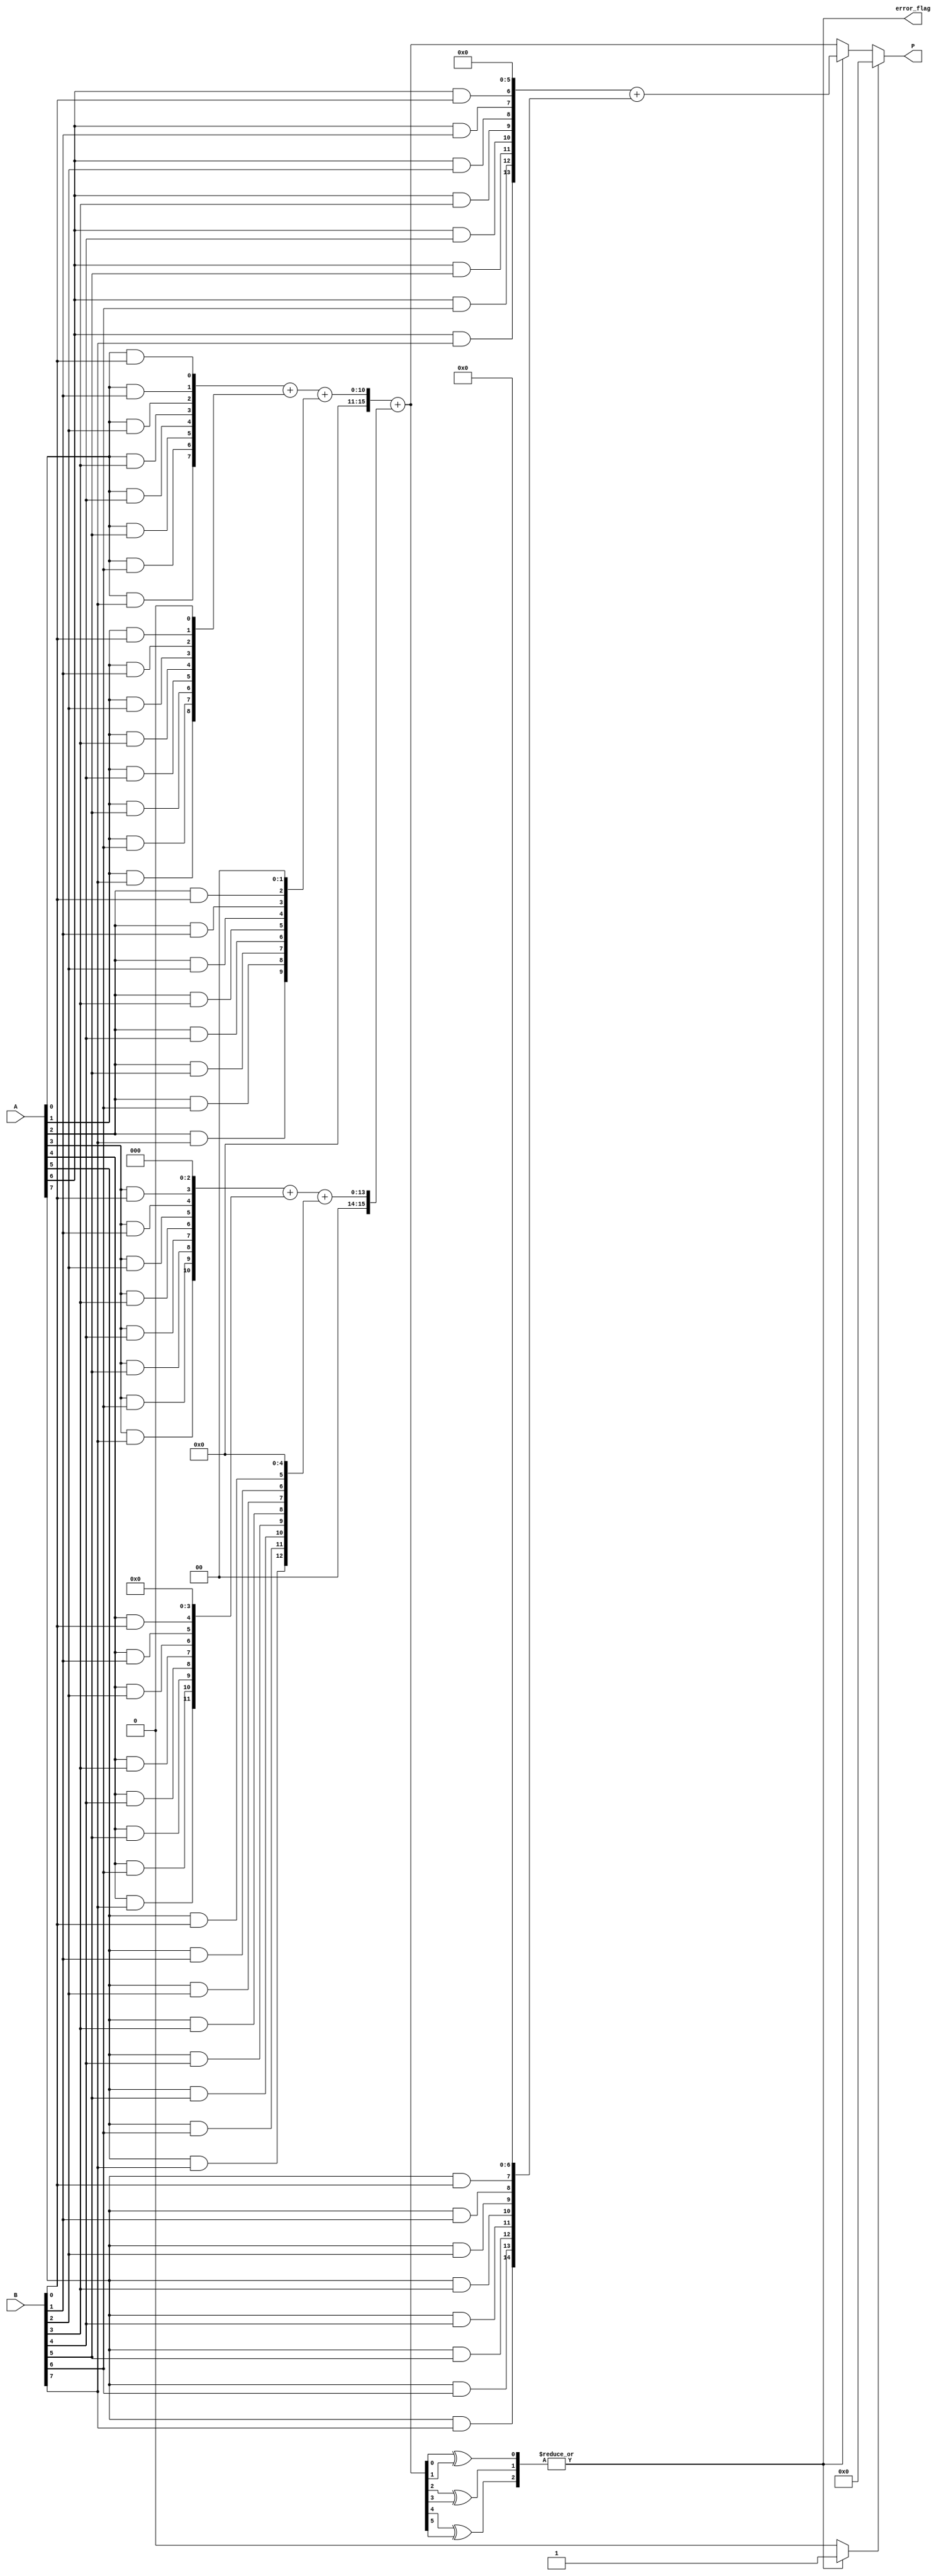
module FaultTolerantWallaceTreeMultiplier (
    input [7:0] A,        // 8-bit input A
    input [7:0] B,        // 8-bit input B
    output reg [15:0] P,  // 16-bit product
    output reg error_flag  // Error detection flag
);

    // Internal signals
    wire [7:0] pp [7:0]; // Partial products
    wire [15:0] sum1, sum2;
    wire [15:0] row[6:0]; // Intermediate sums in Wallace Tree
    wire [6:0] sum_err;   // Error signals for adders
    wire [1:0] final_error; // Final error flag

    // Generate Partial Products
    genvar i, j;
    generate
        for (i=0; i<8; i=i+1) begin : pp_gen
            for (j=0; j<8; j=j+1) begin : pp_inner
                assign pp[i][j] = A[i] & B[j];
            end
        end
    endgenerate

    // Wallace Tree Reduction (Level 1)
    // Grouped by 3 bits into their corresponding output rows
    assign row[0] = {8'b0, pp[0]} + {7'b0, pp[1], 1'b0} + {6'b0, pp[2], 2'b00};
    assign row[1] = {5'b0, pp[3], 3'b000} + {4'b0, pp[4], 4'b0000} + {3'b0, pp[5], 5'b00000};
    assign row[2] = {2'b0, pp[6], 6'b000000} + {1'b0, pp[7], 7'b0000000};
    
    // Assume redundant paths for error correction
    assign sum1 = row[0] + row[1];  // First sum
    assign sum2 = row[2];            // Second sum

    // Error detection in the summation
    assign sum_err[0] = (sum1[0] ^ sum1[1]);  // Example error detection for the sum
    assign sum_err[1] = (sum1[2] ^ sum1[3]);  // More error detection for the sum
    assign sum_err[2] = (sum1[4] ^ sum1[5]);  // Continue error signal checks

    // Combine error flags to determine a fault
    assign error_flag = |sum_err;

    // Final addition of sums
    always @(*) begin
        P = final_error[0] ? 16'b0 : (error_flag ? sum2 : sum1);
        // Here we can implement further error handling or correction mechanism
    end

    // Placeholder for diagnostic and final error handling logic
    always @(*) begin
        if (error_flag) begin
            final_error = 2'b01; // Indicate an error was detected
        end else begin
            final_error = 2'b00; // No error
        end
    end

endmodule